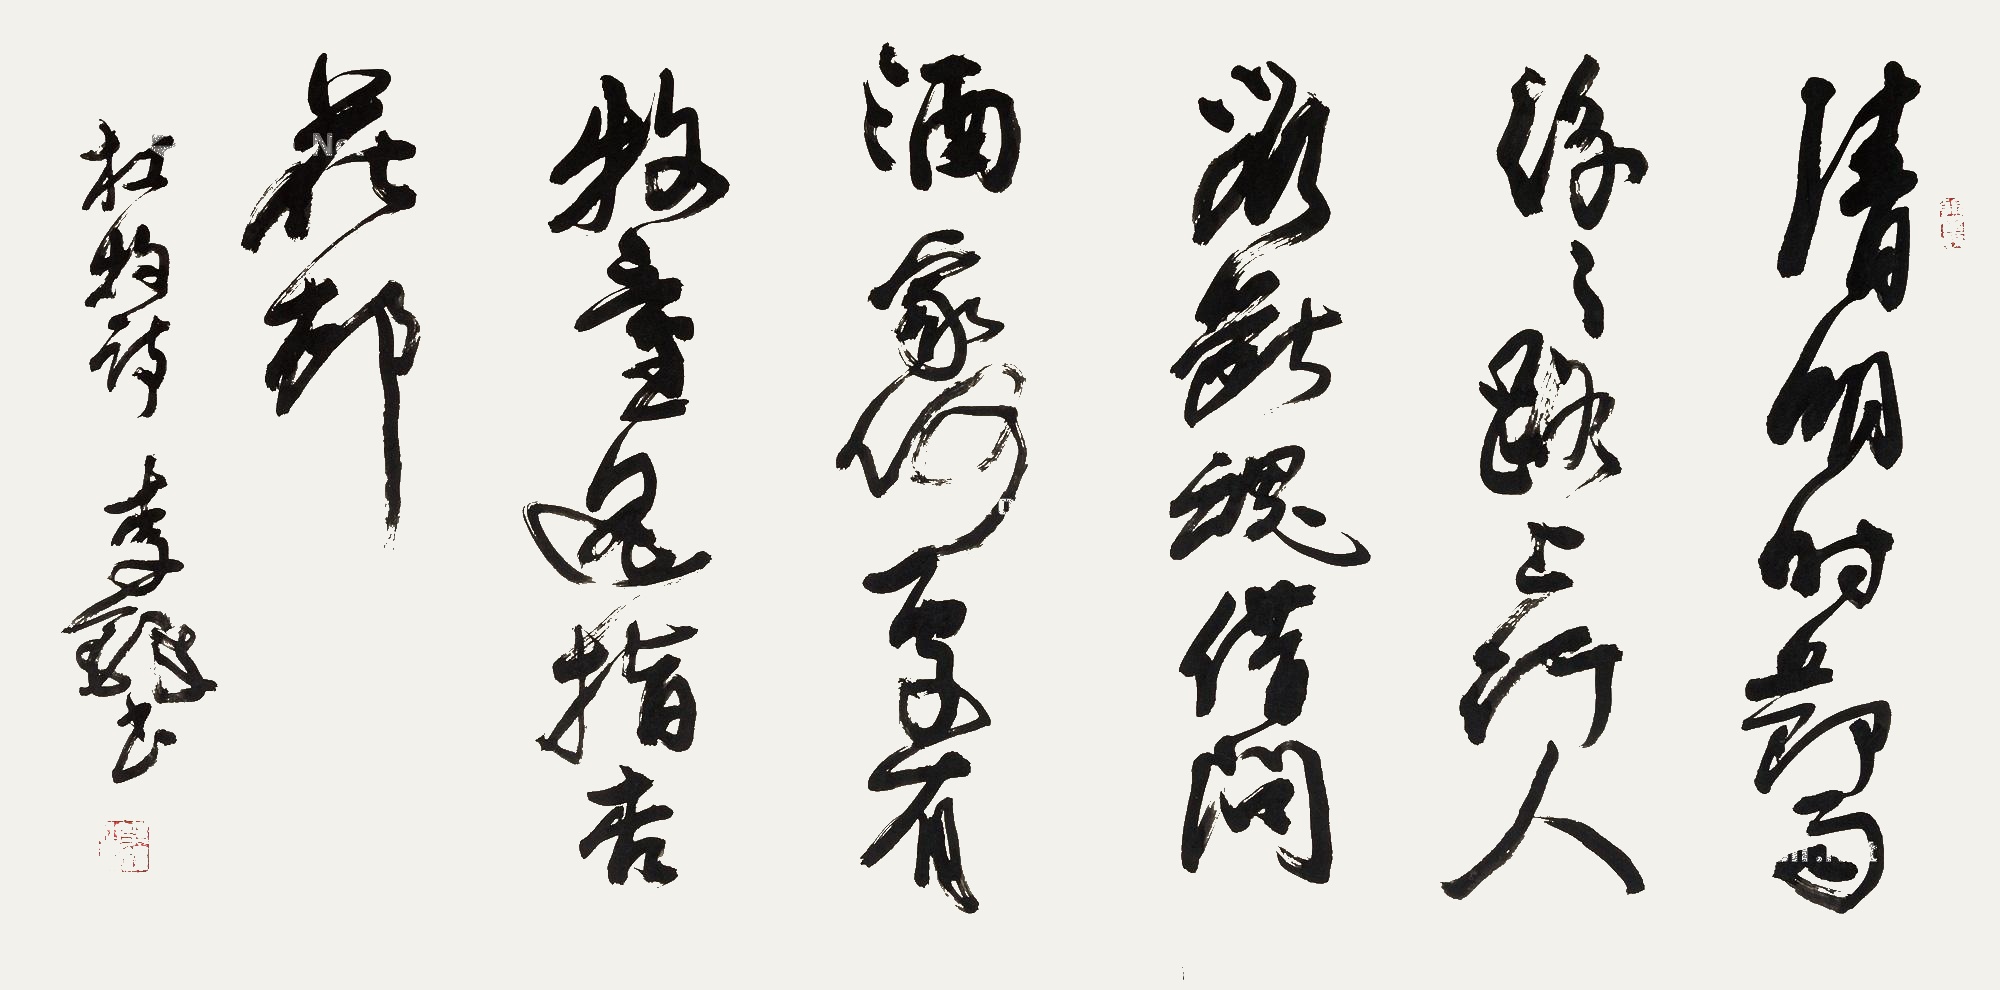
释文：清明时节雨纷纷，路上行人欲断魂。借问酒家何处有，牧童遥指杏花村。杜牧诗李铎书